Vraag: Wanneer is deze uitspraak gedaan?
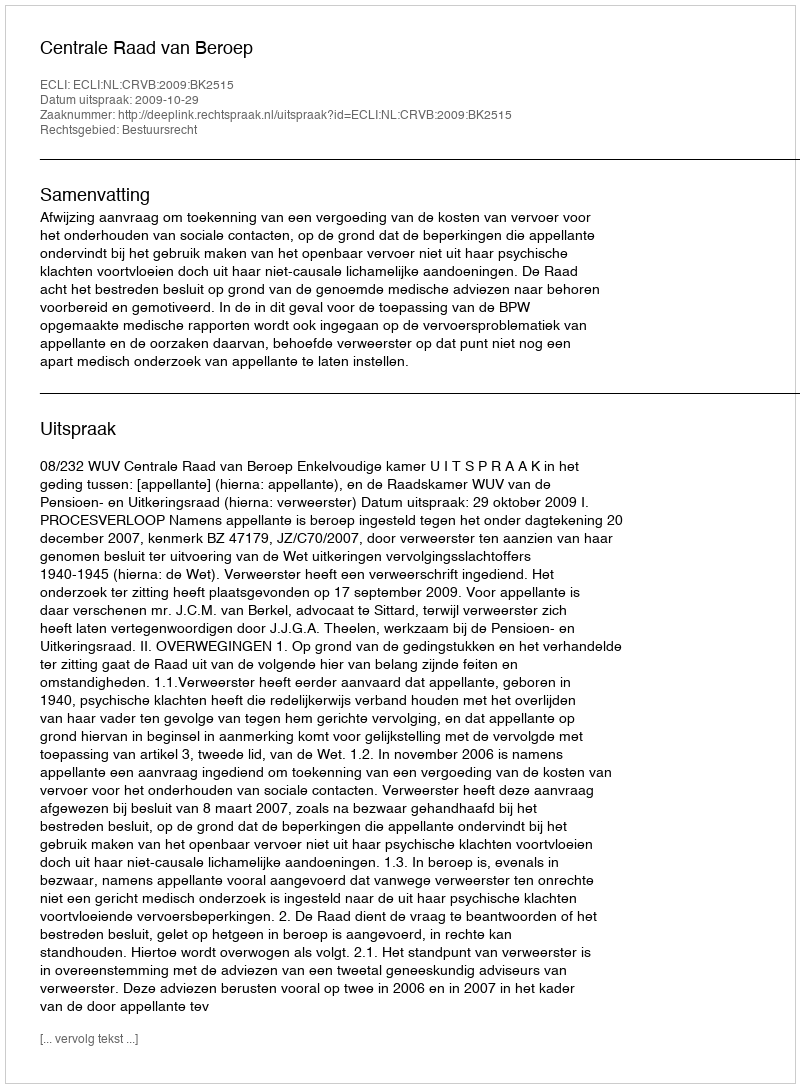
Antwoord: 2009-10-29